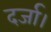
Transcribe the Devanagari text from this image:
दर्जा।